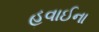
હવાઈના